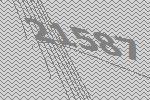
21587